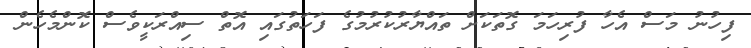
ފިހުނު މަސް އެހާ ފުރިހަމަ ގޮތަކަށް ތައްޔާރުކުރުމުގެ ފަހަތުގައި އޮތް ސިއްރަކީވެސް ކޮންމެހެން